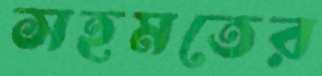
সহমতের